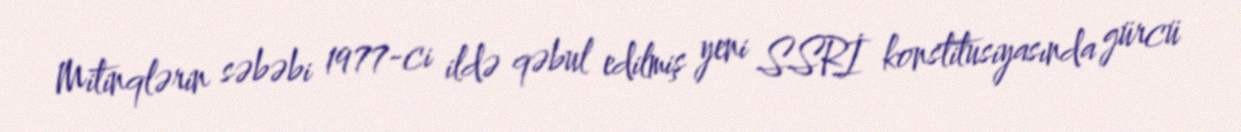
Mitinqlərin səbəbi 1977-ci ildə qəbul edilmiş yeni SSRİ konstitusiyasında gürcü